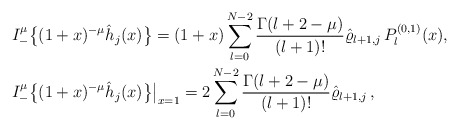
\begin{align*}& I_-^\mu \big\{(1+x)^{-\mu} \hat h_j(x)\big\}= (1+x) \sum_{l=0}^{N-2} \frac{\Gamma(l+2-\mu)}{(l+1)!} \hat \varrho_{l+1,j}\, P_l^{(0,1)}(x), \\&I_-^\mu \big\{(1+x)^{-\mu} \hat h_j(x)\big\}\big|_{x=1}= 2\sum_{l=0}^{N-2} \frac{\Gamma(l+2-\mu)}{(l+1)!} \hat \varrho_{l+1,j}\,,\end{align*}